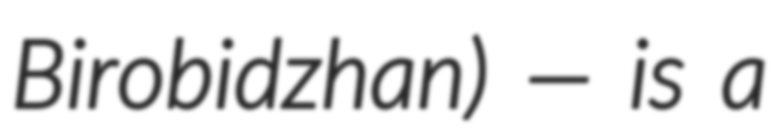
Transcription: Birobidzhan) — is a